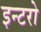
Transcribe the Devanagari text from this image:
इन्टरो